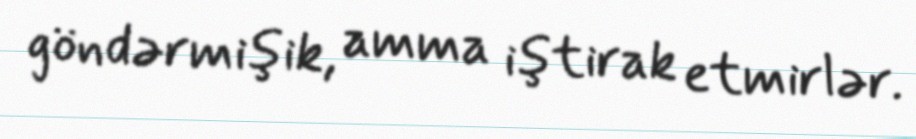
göndərmişik, amma iştirak etmirlər.